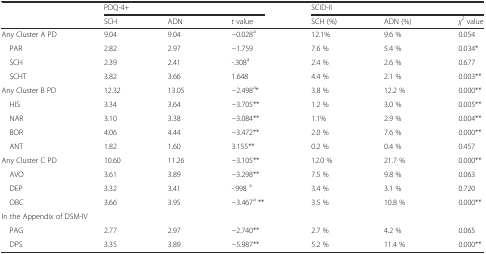
<table><thead><tr><td rowspan="2"></td><td colspan="3"><b>PDQ-4+</b></td><td colspan="3"><b>SCID-II</b></td></tr><tr><td><b>SCH</b></td><td><b>ADN</b></td><td><b><i>t</i> value</b></td><td><b>SCH (%)</b></td><td><b>ADN (%)</b></td><td><b><i>χ</i><sup><i>2</i></sup> value</b></td></tr></thead><tbody><tr><td>Any Cluster A PD</td><td>9.04</td><td>9.04</td><td>−0.028<sup>a</sup></td><td>12.1%</td><td>9.6 %</td><td>0.054</td></tr><tr><td> PAR</td><td>2.82</td><td>2.97</td><td>−1.759</td><td>7.6 %</td><td>5.4 %</td><td>0.034*</td></tr><tr><td> SCH</td><td>2.39</td><td>2.41</td><td>-.308<sup>a</sup></td><td>2.4 %</td><td>2.6 %</td><td>0.677</td></tr><tr><td> SCHT</td><td>3.82</td><td>3.66</td><td>1.648</td><td>4.4 %</td><td>2.1 %</td><td>0.003**</td></tr><tr><td>Any Cluster B PD</td><td>12.32</td><td>13.05</td><td>−2.498<sup>a</sup>*</td><td>3.8 %</td><td>12.2 %</td><td>0.000**</td></tr><tr><td> HIS</td><td>3.34</td><td>3.64</td><td>−3.705**</td><td>1.2 %</td><td>3.0 %</td><td>0.005**</td></tr><tr><td> NAR</td><td>3.10</td><td>3.38</td><td>−3.084**</td><td>1.1%</td><td>2.9 %</td><td>0.004**</td></tr><tr><td> BOR</td><td>4.06</td><td>4.44</td><td>−3.472**</td><td>2.0 %</td><td>7.6 %</td><td>0.000**</td></tr><tr><td> ANT</td><td>1.82</td><td>1.60</td><td>3.155**</td><td>0.2 %</td><td>0.4 %</td><td>0.457</td></tr><tr><td>Any Cluster C PD</td><td>10.60</td><td>11.26</td><td>−3.105**</td><td>12.0 %</td><td>21.7 %</td><td>0.000**</td></tr><tr><td> AVO</td><td>3.61</td><td>3.89</td><td>−3.298**</td><td>7.5 %</td><td>9.8 %</td><td>0.063</td></tr><tr><td> DEP</td><td>3.32</td><td>3.41</td><td>-.998 <sup>a</sup></td><td>3.4 %</td><td>3.1 %</td><td>0.720</td></tr><tr><td> OBC</td><td>3.66</td><td>3.95</td><td>−3.467<sup>a</sup> **</td><td>3.5 %</td><td>10.8 %</td><td>0.000**</td></tr><tr><td colspan="7">In the Appendix of DSM-IV</td></tr><tr><td> PAG</td><td>2.77</td><td>2.97</td><td>−2.740**</td><td>2.7 %</td><td>4.2 %</td><td>0.065</td></tr><tr><td> DPS</td><td>3.35</td><td>3.89</td><td>−5.987**</td><td>5.2 %</td><td>11.4 %</td><td>0.000**</td></tr></tbody></table>